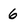
Character: 6